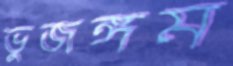
ভুজঙ্গম